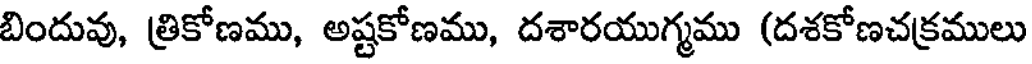
బిందువు, త్రికోణము, అష్టకోణము, దశారయుగ్మము (దశకోణచక్రములు